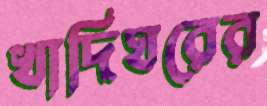
খাদিঘরের